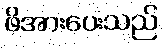
ဖိအားပေးသည်